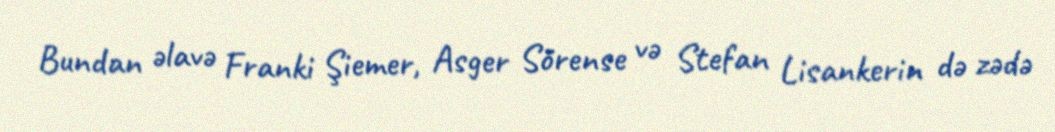
Bundan əlavə Franki Şiemer, Asger Sörense və Stefan Lisankerin də zədə